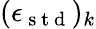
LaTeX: (\epsilon_{\mathrm{~s~t~d~}})_{k}